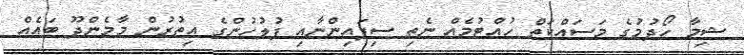
ޝިމާ ހޯދުމުގެ މަސައްކަތް ހުއްޓުމެއް ނެތި ސިފައިންނާއި ފުލުހުންގެ އިތުރުން މާމެންދޫ ބައެއް